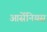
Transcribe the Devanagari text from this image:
आर्सेनियस